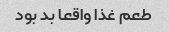
طعم غذا واقعا بد بود